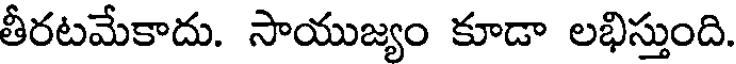
తీరటమేకాదు. సాయుజ్యం కూడా లభిస్తుంది.